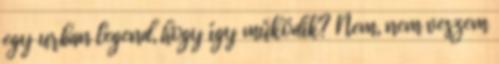
egy urban legend, hogy így működik? Nem, nem veszem